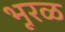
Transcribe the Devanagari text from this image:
भूरळ